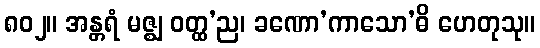
၈၀၂။ အန္တရံ မဇ္ဈ ဝတ္ထ’ည၊ ခဏော’ကာသော’ဓိ ဟေတုသု။